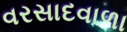
વરસાદવાળા